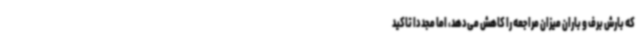
که بارش برف و باران میزان مراجعه را کاهش می‌دهد، اما مجددا تاکید